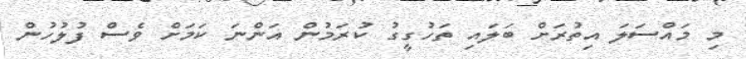
މި މައްސަލަ އިތުރަށް ބަލައި ތަހުގީގު ކުރަމުން އަންނަ ކަމަށް ވެސް ފުލުހުން